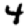
Digit: 4